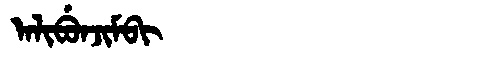
Manchu: ᠠᠯᡳᠪᡠᠨᠵᡳᠮᠪᡳ
Romanization: ALIBUNJIMBI